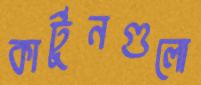
কার্টুনগুলো